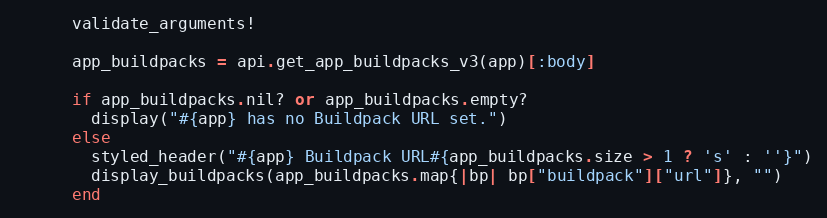
Language: Ruby
      validate_arguments!

      app_buildpacks = api.get_app_buildpacks_v3(app)[:body]

      if app_buildpacks.nil? or app_buildpacks.empty?
        display("#{app} has no Buildpack URL set.")
      else
        styled_header("#{app} Buildpack URL#{app_buildpacks.size > 1 ? 's' : ''}")
        display_buildpacks(app_buildpacks.map{|bp| bp["buildpack"]["url"]}, "")
      end